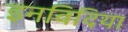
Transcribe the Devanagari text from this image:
इनविदिया